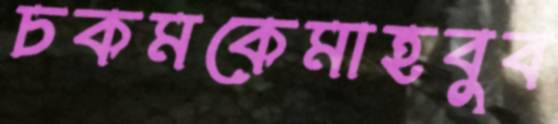
চকমকেমাহবুব